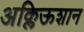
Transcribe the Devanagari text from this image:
अक्लिऊशान